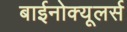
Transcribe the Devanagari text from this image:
बाईनोक्यूलर्स